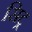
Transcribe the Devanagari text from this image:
सिट्र